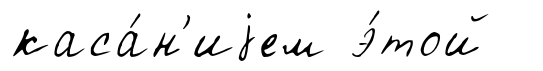
каса́н'иjем э́той